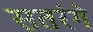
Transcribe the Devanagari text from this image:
सतरंगे